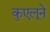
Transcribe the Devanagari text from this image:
कुएलूने